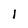
Character: 1